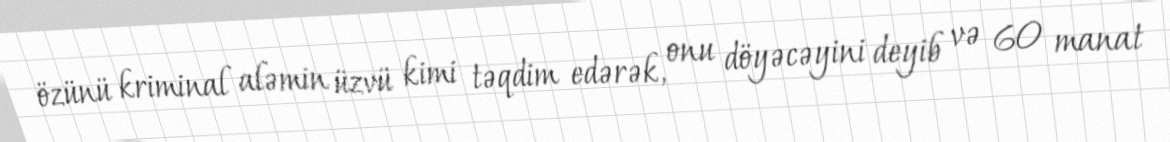
özünü kriminal aləmin üzvü kimi təqdim edərək, onu döyəcəyini deyib və 60 manat